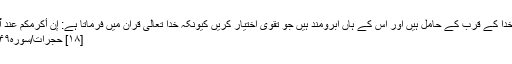
وہ افراد خدا کے قرب کے حامل ہیں اور اس کے ہاں آبرومند ہیں جو تقویٰ اختیار کریں کیونکہ خدا تعالیٰ قرآن میں فرماتا ہے: إِنَّ أَكۡرَمَكُمۡ عِندَ ٱللَّهِ أَتۡقَىٰكُمۡۚ
[۱۸] حجرات/سوره۴۹، آیه۱۳۔